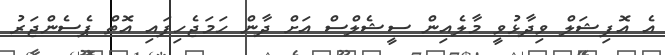
އެ އޮފިޝަލް ވިދާޅުވީ މާލެއިން ސީޝެލްސް އަށް ދާން ހަމަޖެހިފައި އޮތް ޕެސެންޖަރު